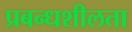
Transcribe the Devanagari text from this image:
प्रबन्धशीलता